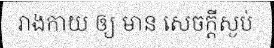
រាងកាយ ឲ្យ មាន សេចក្តីស្ងប់